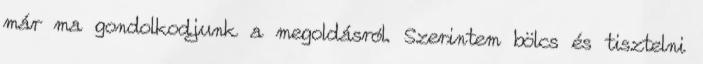
már ma gondolkodjunk a megoldásról. Szerintem bölcs és tisztelni